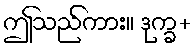
ဤသည်ကား။ ဒုက္ခ+